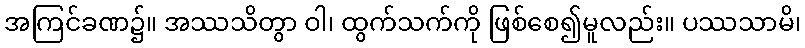
အကြင်ခဏ၌။ အဿသိတွာ ဝါ၊ ထွက်သက်ကို ဖြစ်စေ၍မူလည်း။ ပဿသာမိ၊